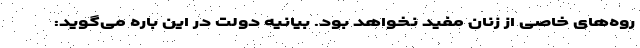
روه‌های خاصی از زنان مفید نخواهد بود. بیانیه دولت در این باره می‌گوید: